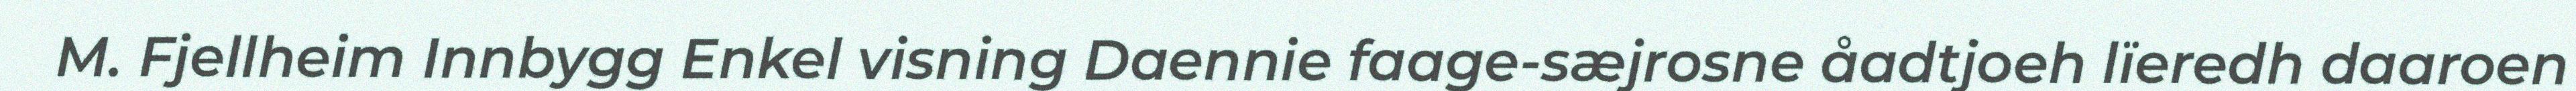
M. Fjellheim Innbygg Enkel visning Daennie faage-sæjrosne åadtjoeh lïeredh daaroen